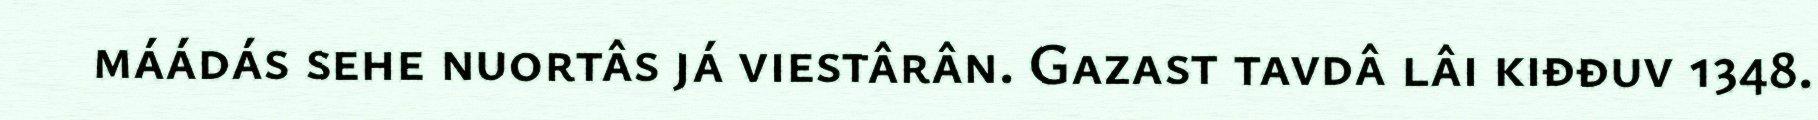
máádás sehe nuortâs já viestârân. Gazast tavdâ lâi kiđđuv 1348.